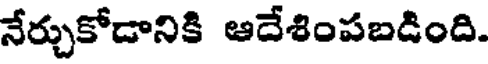
నేర్చుకోడానికి ఆదేశింపబడింది.